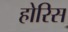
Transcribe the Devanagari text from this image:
होरिस